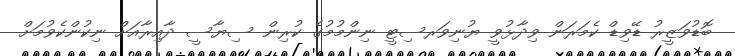
ބޮޑުވަޒީރު ޑޭވިޑް ކެމަރަން ވިދާޅުވީ ޔުނިވަރސިޓީ ނިންމުމުގެ ކުރިން ސިޔާސީ ދާއިރާއަށް ނިކުންކެވުމަށް